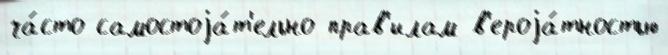
ча́сто самостоjа́т'ельно прав'илам в'ероjа́тностью